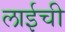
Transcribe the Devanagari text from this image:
लाईची